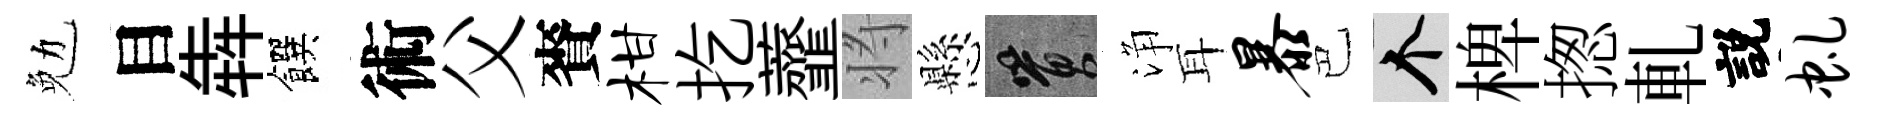
勉目犇饌術父賚柑扢虀将懸篔浄耳暴巴个椑揔軋説虬